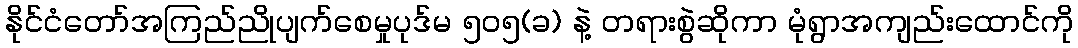
နိုင်ငံတော်အကြည်ညိုပျက်စေမှုပုဒ်မ ၅၀၅(ခ) နဲ့ တရားစွဲဆိုကာ မုံရွာအကျည်းထောင်ကို